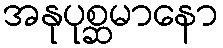
အနုပုစ္ဆမာနော